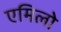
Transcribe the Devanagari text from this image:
एमिलो